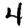
Digit: 4